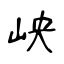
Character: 岟